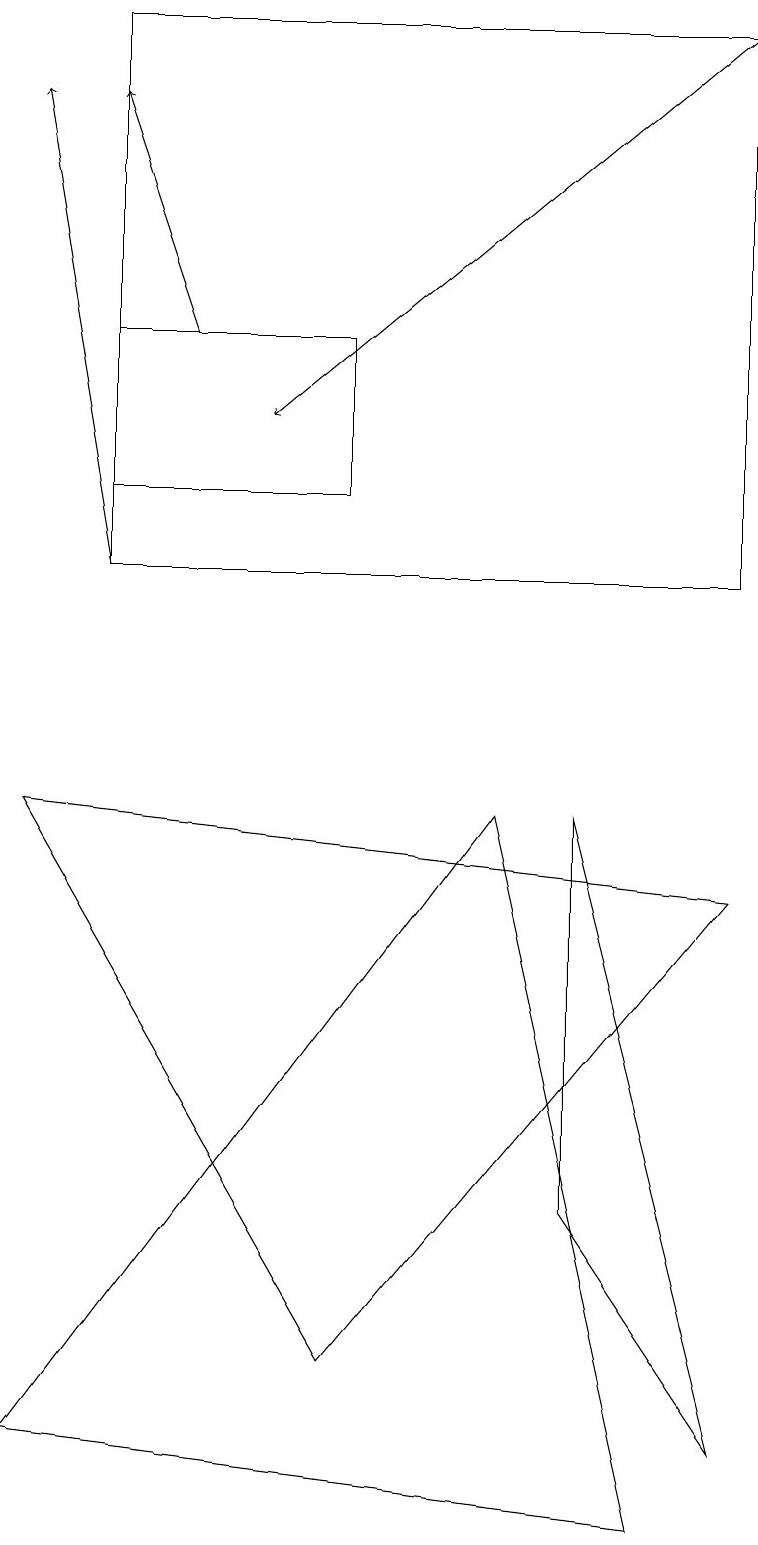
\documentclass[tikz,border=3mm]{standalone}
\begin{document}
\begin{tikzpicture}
\draw (9,12) rectangle (1,19);
\draw (9,1) -- (7,4) -- (7,9) -- cycle;
\draw[->] (9,19) -- (3,14);
\draw (0,1) -- (8,0) -- (6,9) -- cycle;
\draw (0,9) -- (4,2) -- (9,8) -- cycle;
\draw (4,15) rectangle (1,13);
\draw[->] (1,12) -- (0,18);
\draw[->] (2,15) -- (1,18);
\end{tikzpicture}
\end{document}